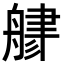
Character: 𦩦